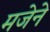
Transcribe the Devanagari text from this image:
मजेने